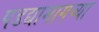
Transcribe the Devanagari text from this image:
पडद्यामागच्या